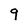
Character: 9